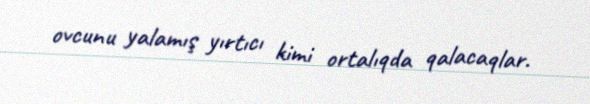
ovcunu yalamış yırtıcı kimi ortalıqda qalacaqlar.